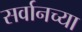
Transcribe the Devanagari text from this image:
सर्वानच्या